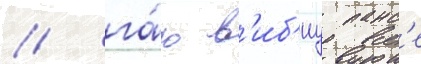
/ га́ю в'иб'иу панс'е